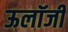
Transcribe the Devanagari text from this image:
ऊलॉजी